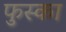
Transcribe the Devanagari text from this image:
फुस्का